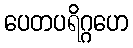
ပေတပရိဂ္ဂဟေ